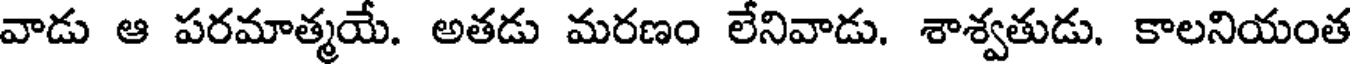
వాడు ఆ పరమాత్మయే. అతడు మరణం లేనివాడు. శాశ్వతుడు. కాలనియంత